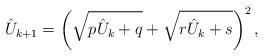
LaTeX: \begin{align*}\hat U_{k+1} = \left( \sqrt{p \hat U_k + q} + \sqrt{r \hat U_k + s} \right)^2,\end{align*}